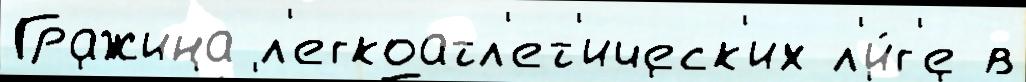
Гражина л'егкоатл'ет'ическ'их л'и́г'е в